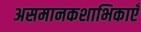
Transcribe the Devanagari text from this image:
असमानकशाभिकाएँ